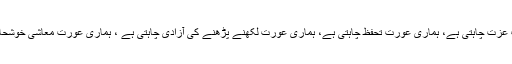
ہماری عورت عزت چاہتی ہے، ہماری عورت تحفظ چاہتی ہے، ہماری عورت لکھنے پڑھنے کی آزادی چاہتی ہے ، ہماری عورت معاشی خوشحالی چاہتی ہے۔